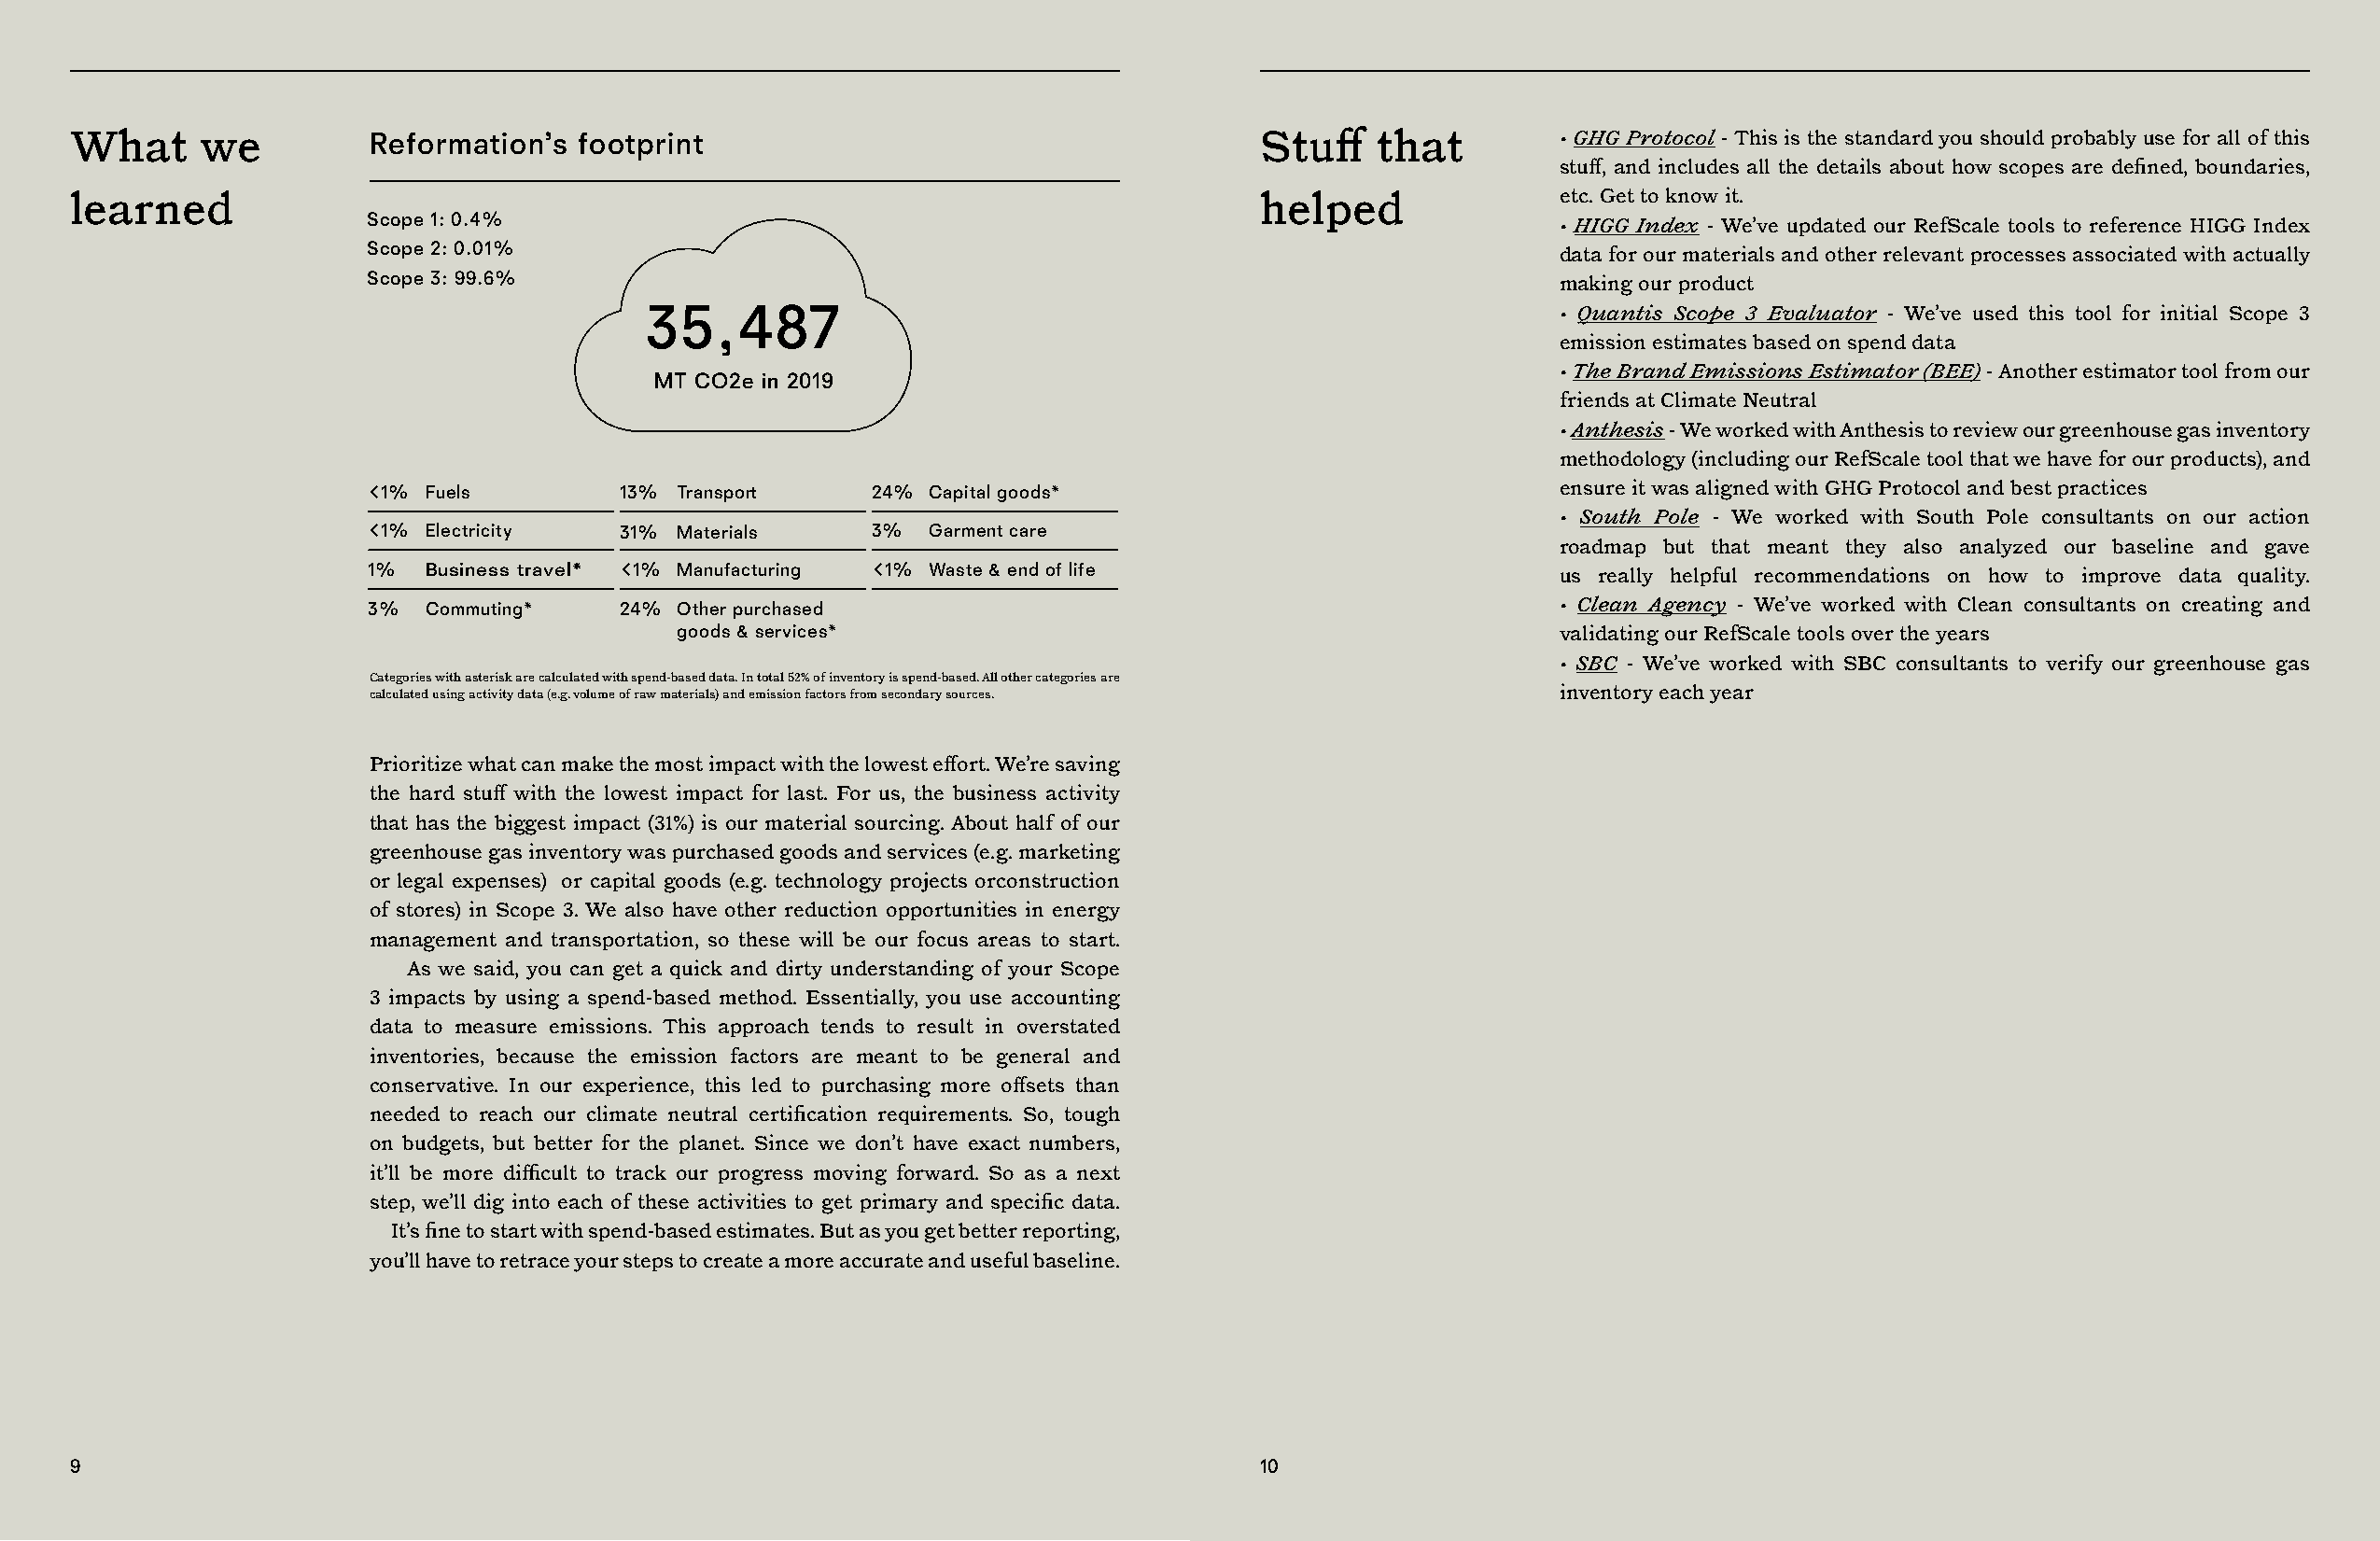
What     we          Reformation’s  footprint                                       Stuff    that         • GHG Protocol - This is the standard you should probably use for all of this
 stuff, and includes all the details about how scopes are defined, boundaries,
 learned                                                                             helped                etc. Get to know it.
 Scope 1: 0.4%
 • HIGG Index - We’ve updated our RefScale tools to reference HIGG Index
 Scope 2: 0.01%
 data for our materials and other relevant processes associated with actually
 Scope 3: 99.6%
 making our product
 35,487                                                           • Quantis Scope 3 Evaluator - We’ve used this tool for initial Scope 3
 emission estimates based on spend data
 • The Brand Emissions Estimator (BEE) - Another estimator tool from our
 MT CO2e in 2019
 friends at Climate Neutral
 • Anthesis - We worked with Anthesis to review our greenhouse gas inventory
 methodology (including our RefScale tool that we have for our products), and
 1% Fuels         13% Transport     24% Capital goods*                               ensure it was aligned with GHG Protocol and best practices
 • South Pole - We worked with South Pole consultants on our action
 1% Electricity   31% Materials     3%  Garment care
 roadmap but that meant they also analyzed our baseline and gave
 1%  Business travel* 1% Manufacturing 1% Waste & end of life
 us really helpful recommendations on how to improve data quality.
 3%  Commuting*    24% Other purchased                                                • Clean Agency - We’ve worked with Clean consultants on creating and
 goods & services*                                              validating our RefScale tools over the years
 • SBC - We’ve worked with SBC consultants to verify our greenhouse gas
 Categories with asterisk are calculated with spend-based data. In total 52% of inventory is spend-based. All other categories are
 calculated using activity data (e.g. volume of raw materials) and emission factors from secondary sources. inventory each year
 Prioritize what can make the most impact with the lowest effort. We’re saving
 the hard stuff with the lowest impact for last. For us, the business activity
 that has the biggest impact (31%) is our material sourcing. About half of our
 greenhouse gas inventory was purchased goods and services (e.g. marketing
 or legal expenses) or capital goods (e.g. technology projects orconstruction
 of stores) in Scope 3. We also have other reduction opportunities in energy
 management and transportation, so these will be our focus areas to start.
 As we said, you can get a quick and dirty understanding of your Scope
 3 impacts by using a spend-based method. Essentially, you use accounting
 data to measure emissions. This approach tends to result in overstated
 inventories, because the emission factors are meant to be general and
 conservative. In our experience, this led to purchasing more offsets than
 needed to reach our climate neutral certification requirements. So, tough
 on budgets, but better for the planet. Since we don’t have exact numbers,
 it’ll be more difficult to track our progress moving forward. So as a next
 step, we’ll dig into each of these activities to get primary and specific data.
 It’s fine to start with spend-based estimates. But as you get better reporting,
 you’ll have to retrace your steps to create a more accurate and useful baseline.
 9                                                                                   10